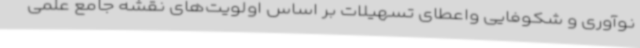
نوآوری و شکوفایی واعطای تسهیلات بر اساس اولویت‌های نقشه جامع علمی